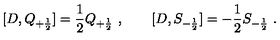
[ D , Q _ { + { \frac { 1 } { 2 } } } ] = { \frac { 1 } { 2 } } Q _ { + { \frac { 1 } { 2 } } } \ , \qquad [ D , S _ { - { \frac { 1 } { 2 } } } ] = - { \frac { 1 } { 2 } } S _ { - { \frac { 1 } { 2 } } } \ .